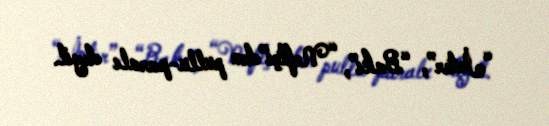
“İnter”, “Bakı”, “Neftçi”dən pullu-paralı deyil.